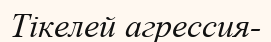
Тікелей агрессия-